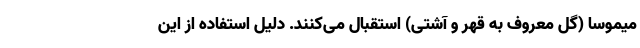
میموسا (گل معروف به قهر و آشتی) استقبال می‌کنند. دلیل استفاده از این